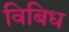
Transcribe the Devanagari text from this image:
विबिध